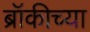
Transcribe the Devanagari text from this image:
ब्रॉकीच्या